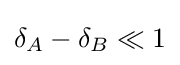
\delta _{A}-\delta _{B}\ll 1